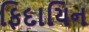
ફિદાયિન